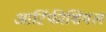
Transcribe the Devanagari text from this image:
आर्टिफीशियल